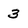
Character: 3